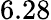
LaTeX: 6.28